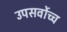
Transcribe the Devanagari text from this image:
उपसर्वोच्च